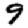
Digit: 9